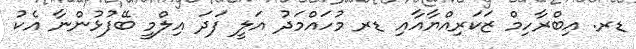
ޑރ. އިބްރާހިމް ޒަކަރިއްޔާއާއި ޑރ މުހައްމަދު އަލީ ފަދަ އިލްމީ ބޭފުޅުންނާ އެކު